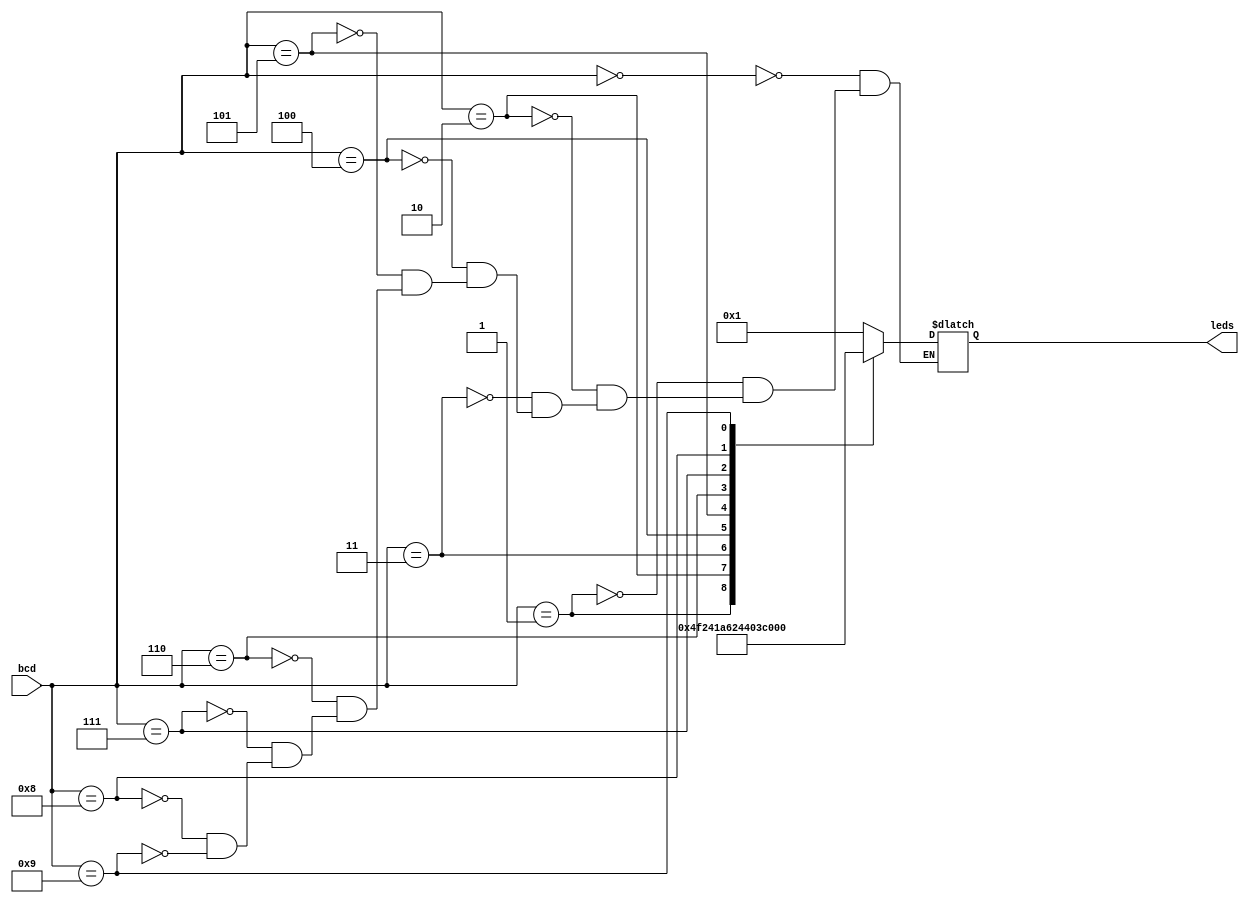
module SevenSegment(bcd, leds);
	input [3:0] bcd;
	output reg [0:6] leds;
	
	always @(bcd)
		case (bcd) // abcdefg
			0: leds = 7'b0000001;
			1: leds = 7'b1001111;
			2: leds = 7'b0010010;
			3: leds = 7'b0000110;
			4: leds = 7'b1001100;
			5: leds = 7'b0100100;
			6: leds = 7'b0100000;
			7: leds = 7'b0001111;
			8: leds = 7'b0000000;
			9: leds = 7'b0001100;
			
		endcase
endmodule